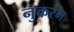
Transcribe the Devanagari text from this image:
नुकरम